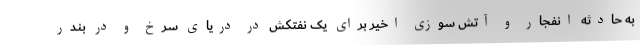
به حادثه انفجار و آتش سوزی اخیر برای یک نفتکش در دریای سرخ و در بندر